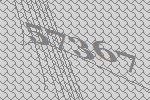
57367